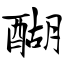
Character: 醐